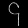
Digit: ၄